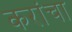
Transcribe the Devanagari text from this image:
करांचा